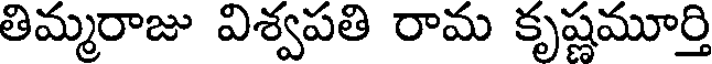
తిమ్మరాజు విశ్వపతి రామ కృష్ణమూర్తి